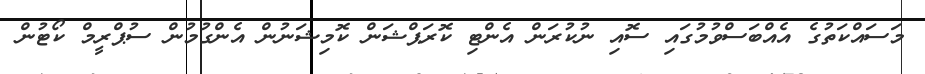
މަސައްކަތުގެ އެއްބަސްވުމުގައި ސޮއި ނުކުރަން އެންޓި ކޮރަޕްޝަން ކޮމިޝަނުން އެންގުމުން ސުޕްރީމް ކޯޓުން